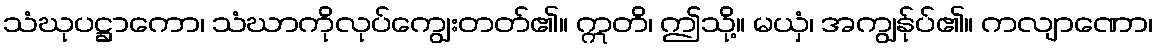
သံဃုပဋ္ဌာကော၊ သံဃာကိုလုပ်ကျွေးတတ်၏။ ဣတိ၊ ဤသို့။ မယှံ၊ အကျွန်ုပ်၏။ ကလျာဏော၊